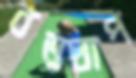
বড়ধাপ